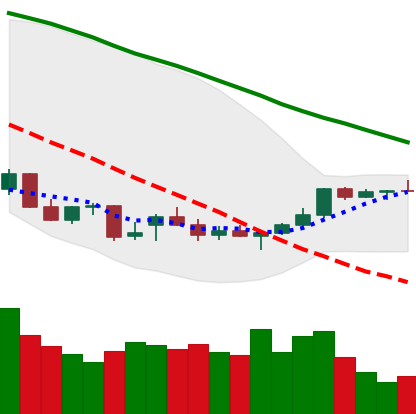
Ticker: NEO-USD
Chart end date: 2021-12-27
Forward return: -10.911%
Label: down_7plus